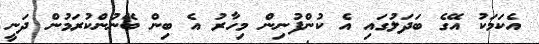
އެކަމަކު އޭގެ ބަދަލުގައި އެ ކުންފުނިން މިހާރު އެ ބިން ބޭނުންކުރަމުން ދަނީ